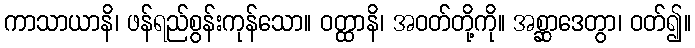
ကာသာယာနိ၊ ဖန်ရည်စွန်းကုန်သော။ ဝတ္ထာနိ၊ အဝတ်တို့ကို။ အစ္ဆာဒေတွာ၊ ဝတ်၍။